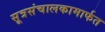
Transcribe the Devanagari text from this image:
सूत्रसंचालकामार्फत